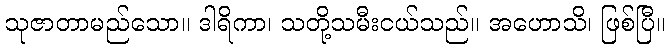
သုဇာတာမည်သော။ ဒါရိကာ၊ သတို့သမီးငယ်သည်။ အဟောသိ၊ ဖြစ်ပြီ။